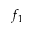
f _ { 1 }